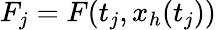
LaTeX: F_{j}=F(t_{j},x_{h}(t_{j}))